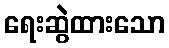
ရေးဆွဲထားသော